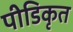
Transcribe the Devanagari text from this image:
पीडिकृत